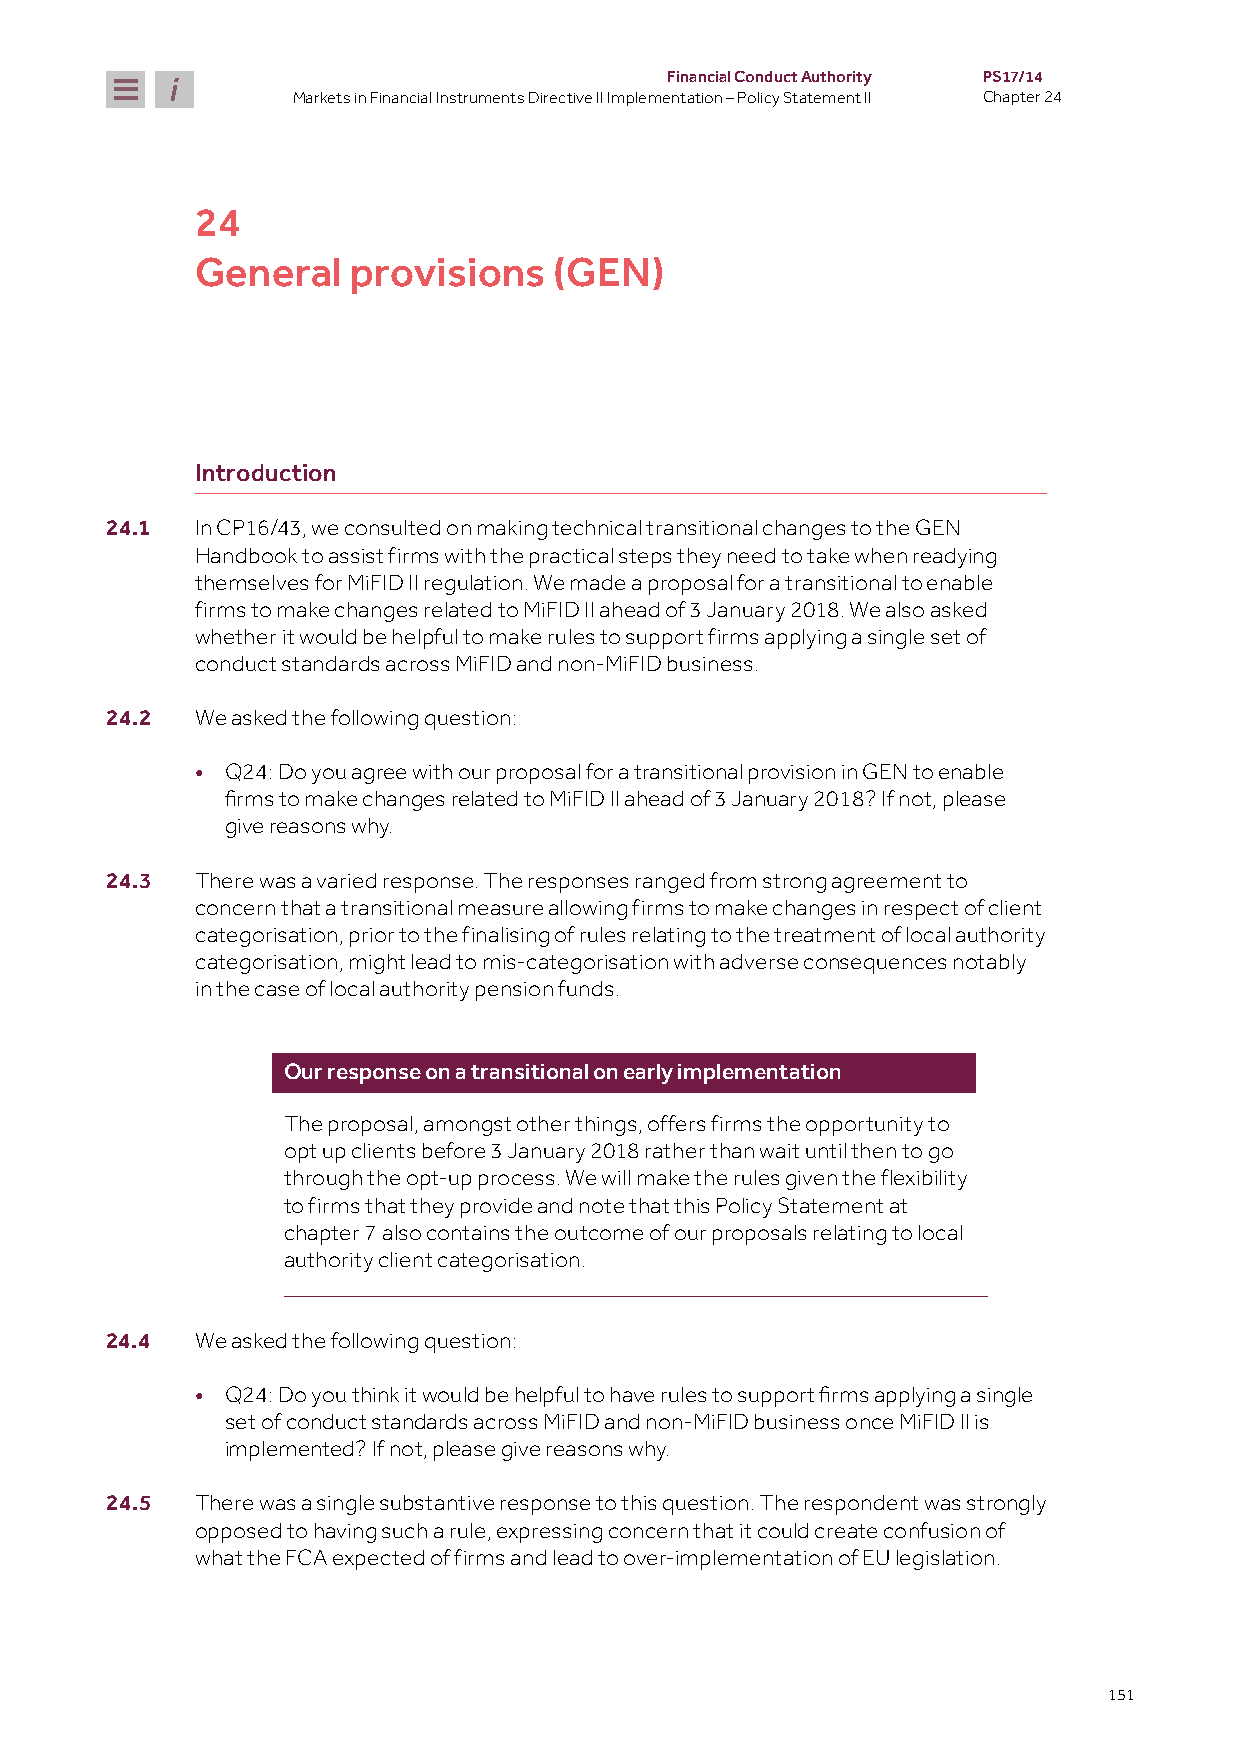
Financial Conduct Authority PS17/14
 Markets in Financial Instruments Directive II Implementation – Policy Statement II Chapter 24
 24
 General   provisions    (GEN)
 Introduction
 24.1  In CP16/43, we consulted on making technical transitional changes to the GEN
 Handbook to assist firms with the practical steps they need to take when readying
 themselves for MiFID II regulation. We made a proposal for a transitional to enable
 firms to make changes related to MiFID II ahead of 3 January 2018. We also asked
 whether it would be helpful to make rules to support firms applying a single set of
 conduct standards across MiFID and non-MiFID business.
 24.2  We asked the following question:
 • Q24: Do you agree with our proposal for a transitional provision in GEN to enable
 firms to make changes related to MiFID II ahead of 3 January 2018? If not, please
 give reasons why.
 24.3  There was a varied response. The responses ranged from strong agreement to
 concern that a transitional measure allowing firms to make changes in respect of client
 categorisation, prior to the finalising of rules relating to the treatment of local authority
 categorisation, might lead to mis-categorisation with adverse consequences notably
 in the case of local authority pension funds.
 Our response on a transitional on early implementation
 The proposal, amongst other things, offers firms the opportunity to
 opt up clients before 3 January 2018 rather than wait until then to go
 through the opt-up process. We will make the rules given the flexibility
 to firms that they provide and note that this Policy Statement at
 chapter 7 also contains the outcome of our proposals relating to local
 authority client categorisation.
 24.4  We asked the following question:
 •
 Q24: Do you think it would be helpful to have rules to support firms applying a single
 set of conduct standards across MiFID and non-MiFID business once MiFID II is
 implemented? If not, please give reasons why.
 24.5  There was a single substantive response to this question. The respondent was strongly
 opposed to having such a rule, expressing concern that it could create confusion of
 what the FCA expected of firms and lead to over-implementation of EU legislation.
 151